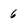
Character: 6